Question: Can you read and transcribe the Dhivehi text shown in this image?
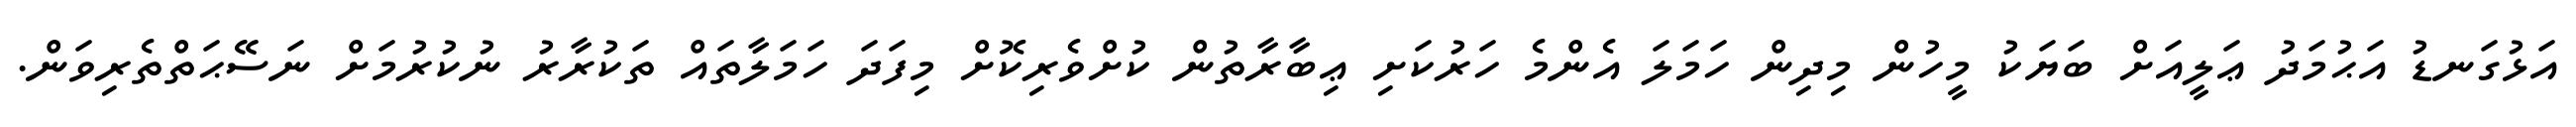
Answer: އަޅުގަނޑު އަޙުމަދު ޢަލީއަށް ބަޔަކު މީހުން މިދިން ހަމަލަ އެންމެ ހަރުކަށި ޢިބާރާތުން ކުށްވެރިކޮށް މިފަދަ ހަމަލާތައް ތަކުރާރު ނުކުރުމަށް ނަސޭޙަތްތެރިވަން.